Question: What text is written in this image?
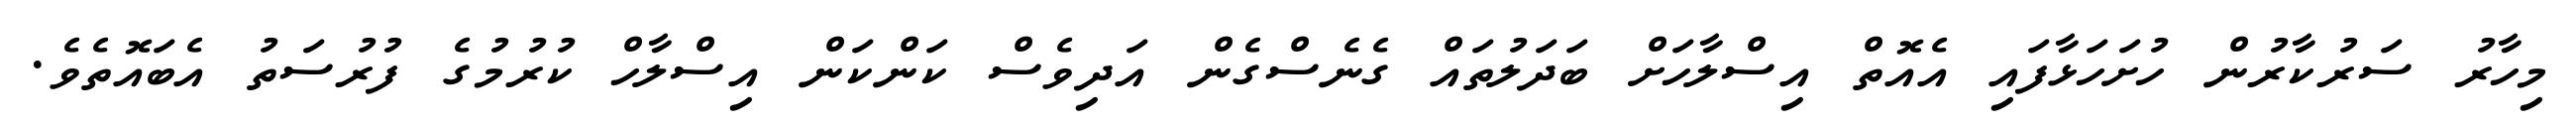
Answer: މިހާރު ސަރުކާރުން ހުށަހަޅާފައި އެއޮތް އިސްލާހަށް ބަދަލުތައް ގެނެސްގެން އަދިވެސް ކަންކަން އިސްލާހް ކުރުމުގެ ފުރުސަތު އެބައޮތެވެ.